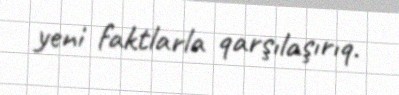
yeni faktlarla qarşılaşırıq.